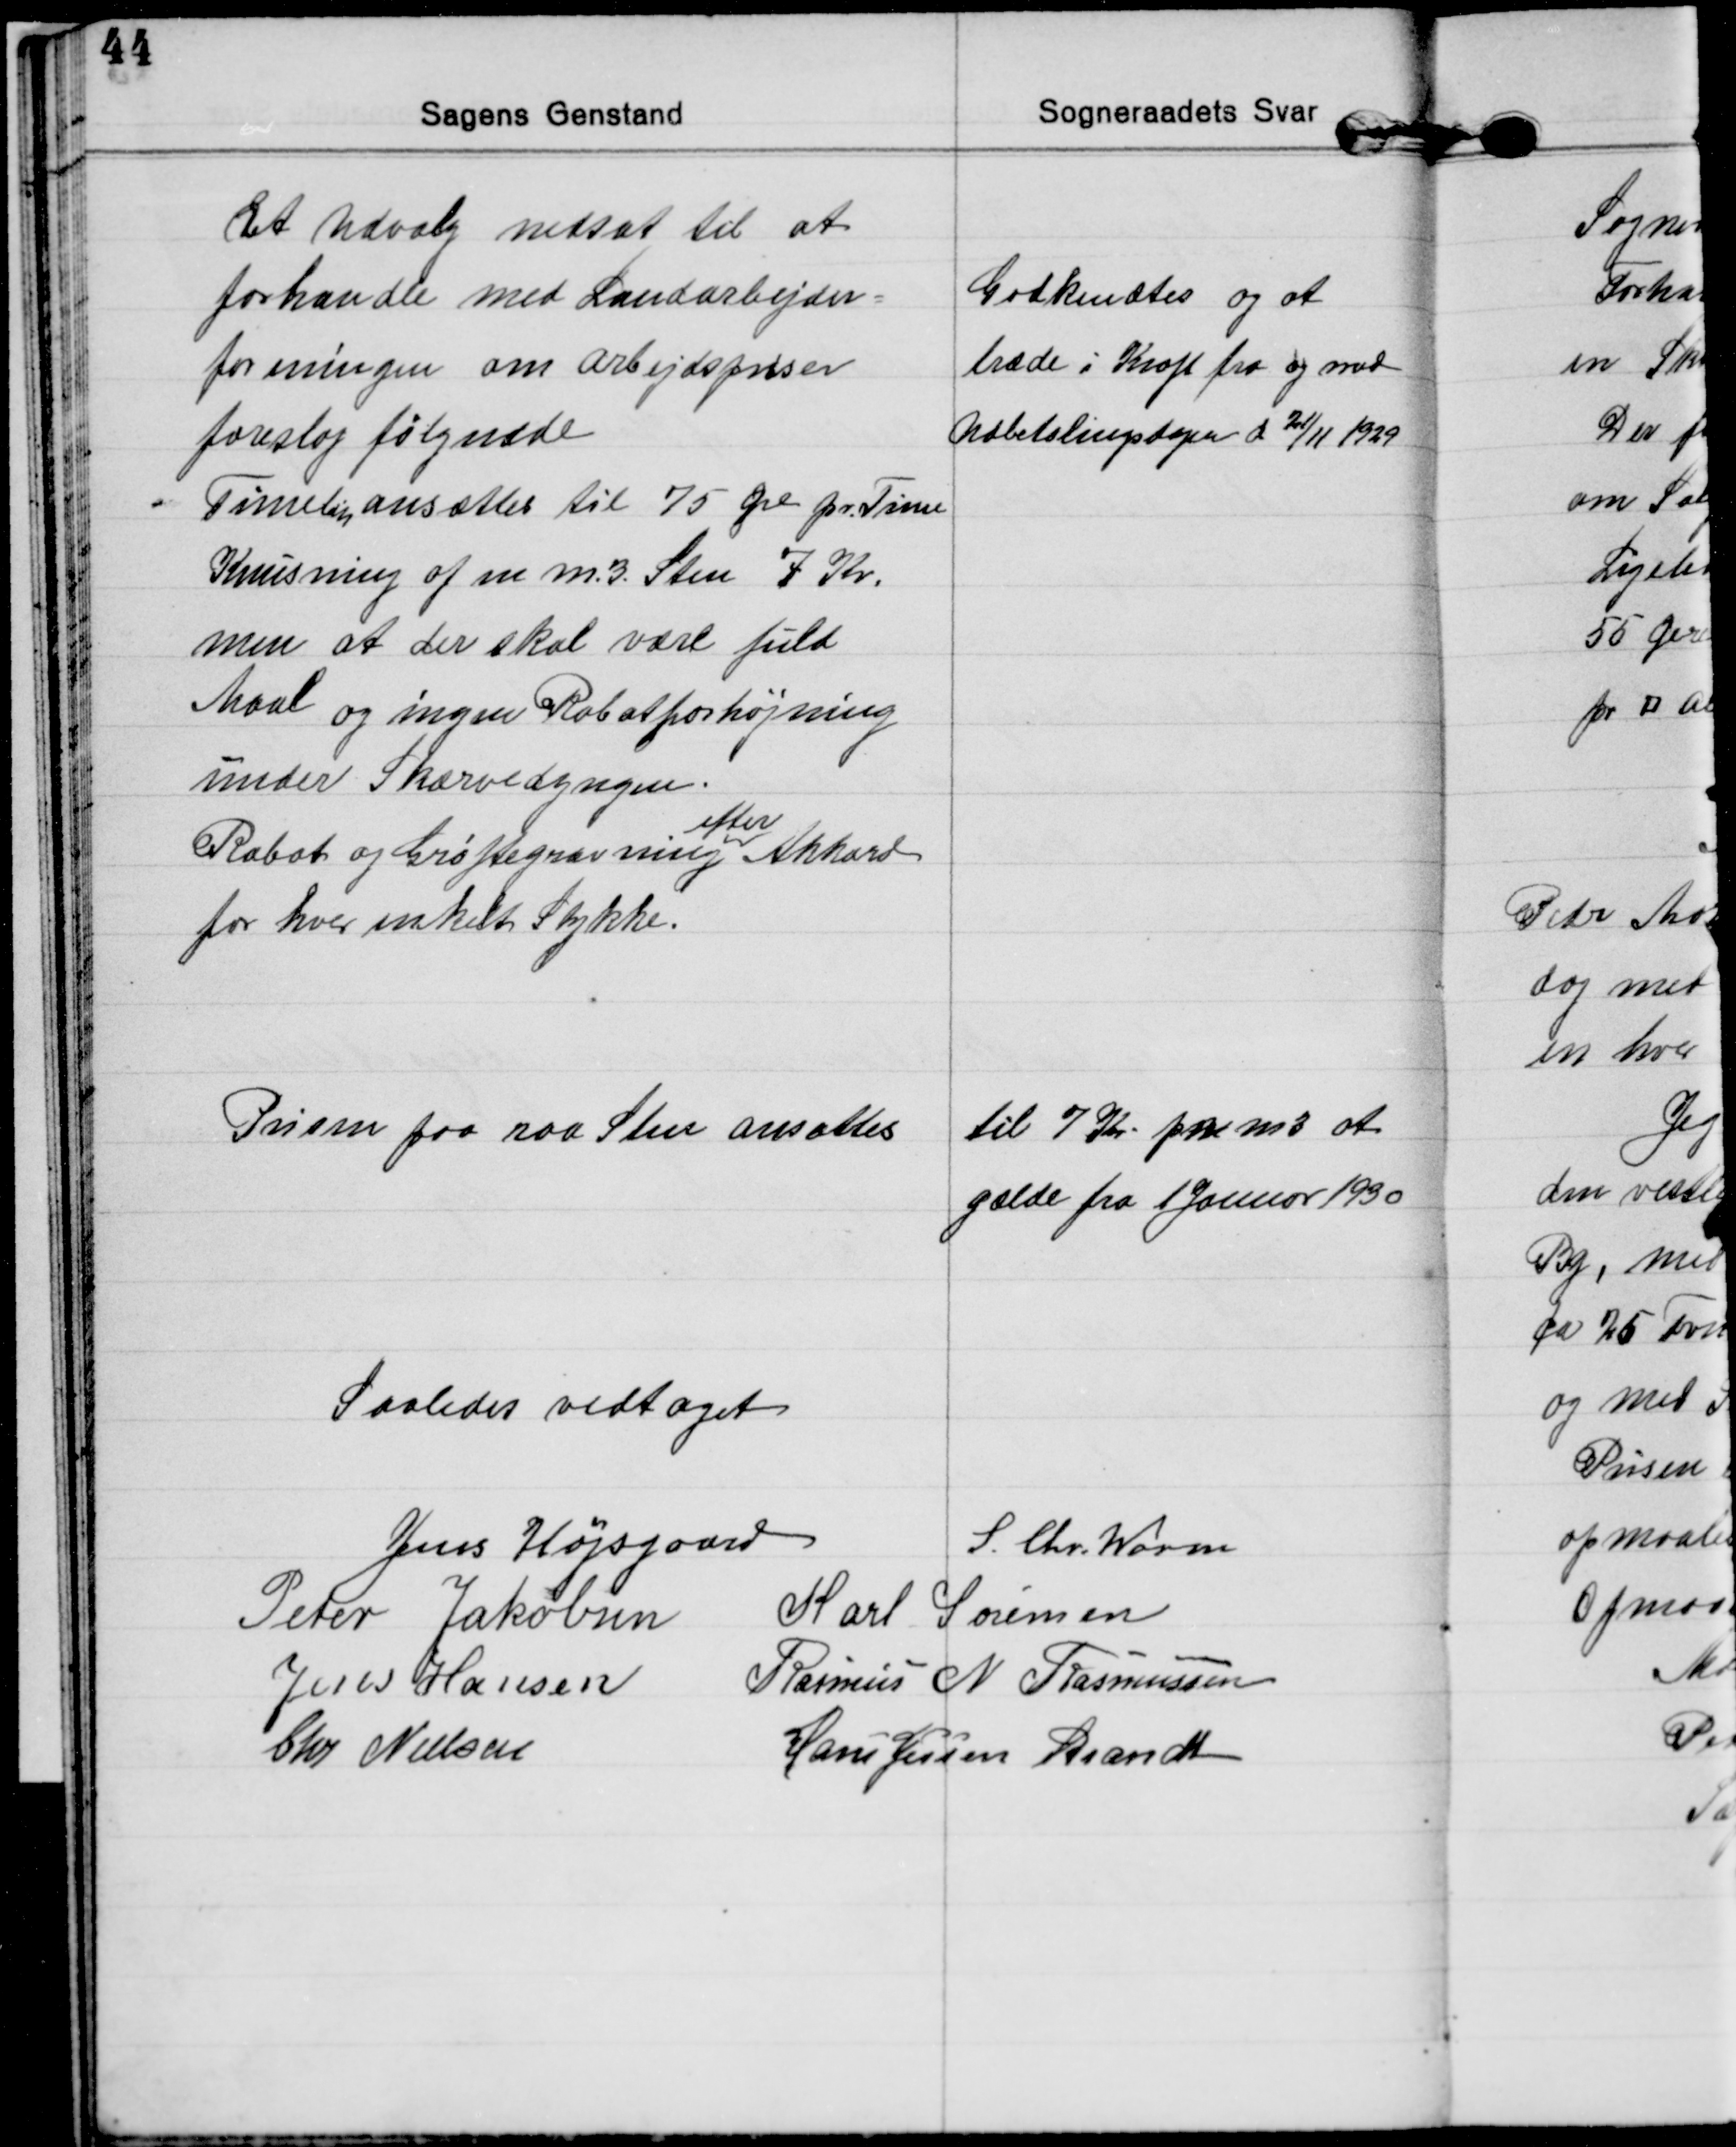
Transskription:
Et Udvalg nedsat til at
forhandle med Landarbejder=
foreningen om arbejdspriser
foreslog følgende
Timeløn ansættes til 75 Øre pr. Time
Knusning af en m.3. Sten 7 Kr.
men at der skal være fuld
Maal og ingen Rabatforhøjning
under Skærvedyngen.
Rabat og Grøftegravning 
efter
Akkord
for hver enkelt Stykke.
Godkendtes og at
træde i Kraft fra og med
Udbetalingsdagen d 21/11 1929

Prisen paa raa Sten ansættes
til 7 Kr pr m3 at
gælde fra 1 Januar 1930

Saaledes vedtaget

Jens Højsgaard
S. Chr. Worm
Peter Jakobsen Karl Sørensen
Jens Hansen Rasmus N Rasmussen
Chr Nielsen
Hans Jessen Brandt